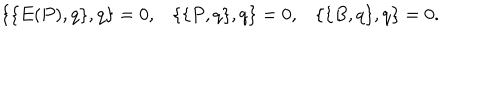
\{ \{ E ( P ) , q \} , q \} = 0 , \{ \{ P , q \} , q \} = 0 , \{ \{ B , q \} , q \} = 0 .